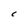
Character: C